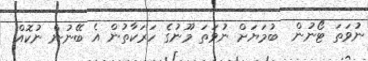
ނުވަތަ ޓޯނުން  ބުމަޔަށް ނުވަތަ މޫނުގެ ހަރަކާތުން އެ ބޭނުން ނުކޮއް